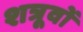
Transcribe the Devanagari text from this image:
शत्रूवों